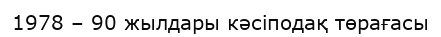
1978 – 90 жылдары кәсіподақ төрағасы